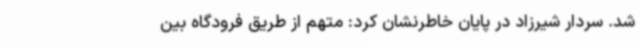
شد. سردار شیرزاد در پایان خاطرنشان کرد: متهم از طریق فرودگاه بین